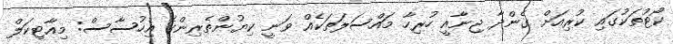
ކޯޓުތަކުގައި ކުރިއަށް ގެންދާ ޖިނާއީ ހުރިހާ މައްސަލަތަކެއް ވަނީ ކިޔުންތެރިންގެ އިހުސާސް: މިއާޓިކަލް